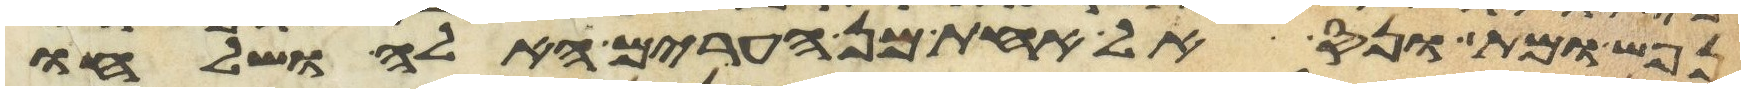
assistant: נפש ומת ונס אל אחת מן הערים האלה ושלחו